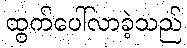
ထွက်ပေါ်လာခဲ့သည်